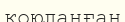
қоюланған